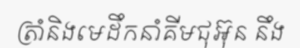
ត្រាំនិងមេដឹកនាំគីមជុអ៊ុន នឹង